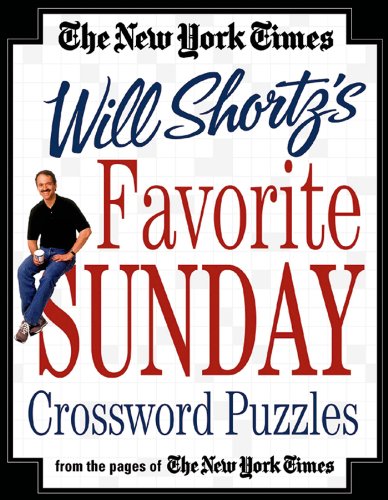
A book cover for The New York Times Will Shortz's Favorite Sunday Crossword Puzzles: From the Pages of The New York Times; The New York Times; Humor & Entertainment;